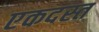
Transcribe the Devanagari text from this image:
एकदस्त